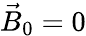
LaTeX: {\vec{B}}_{0}=0